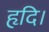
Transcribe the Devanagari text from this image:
हृदि।